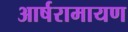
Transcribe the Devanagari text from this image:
आर्षरामायण